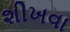
શીખવા